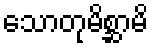
သောတုမိစ္ဆာမိ